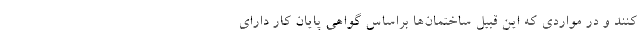
کنند و در مواردی که این قبیل ساختمان‌ها براساس گواهی پایان کار دارای